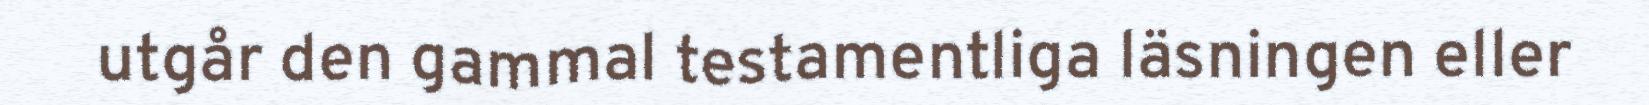
utgår den gammal testamentliga läsningen eller